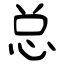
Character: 总